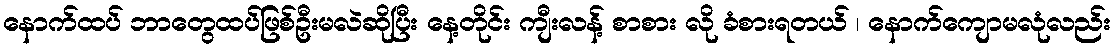
နောက်ထပ် ဘာတွေထပ်ဖြစ်ဦးမလဲဆိုပြီး နေ့တိုင်း ကျီးလန့် စာစား လို ခံစားရတယ် ၊ နောက်ကျောမလုံလည်း